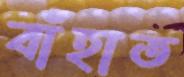
বাঁহাত